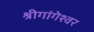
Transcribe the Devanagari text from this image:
श्रीगांगेश्वर